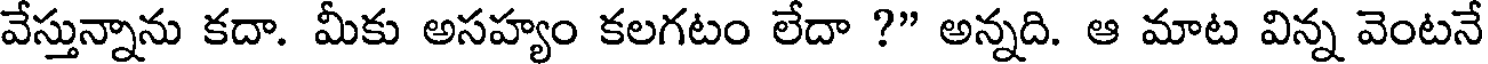
వేస్తున్నాను కదా. మీకు అసహ్యం కలగటం లేదా ?" అన్నది. ఆ మాట విన్న వెంటనే